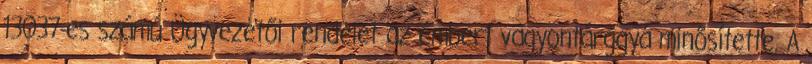
13037-es számú Ügyvezetői rendelet az embert vagyontárggyá minősítette. A